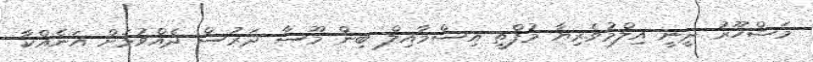
މަޝްހޫރު ދީނީ އިލްމުވެރިޔާ މުފްތީ އިސްމާއިލް ބިން މޫސާ ދަރުސް ދެއްވުމަށް އަނެއްކާ